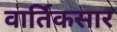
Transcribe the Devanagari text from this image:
वार्तिकसार